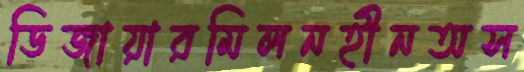
ডিজায়ারমিলনহীনঅস